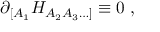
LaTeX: \partial _ { [ A _ { 1 } } H _ { A _ { 2 } A _ { 3 } \ldots ] } \equiv 0 \ ,